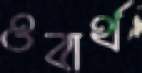
ওবার্থ